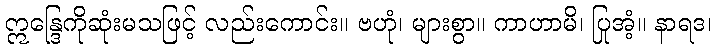
ဣန္ဒြေကိုဆုံးမသဖြင့် လည်းကောင်း။ ဗဟုံ၊ များစွာ။ ကာဟာမိ၊ ပြုအံ့။ နာရဒ၊